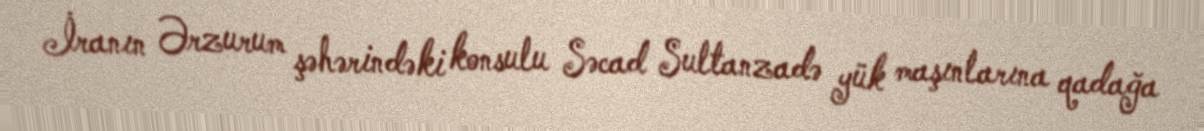
İranın Ərzurum şəhərindəki konsulu Səcad Sultanzadə yük maşınlarına qadağa